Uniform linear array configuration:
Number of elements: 64
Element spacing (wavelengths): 1
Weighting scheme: hann
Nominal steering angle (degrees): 45
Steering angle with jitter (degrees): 46.972
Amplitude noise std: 0.05
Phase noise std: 0.05

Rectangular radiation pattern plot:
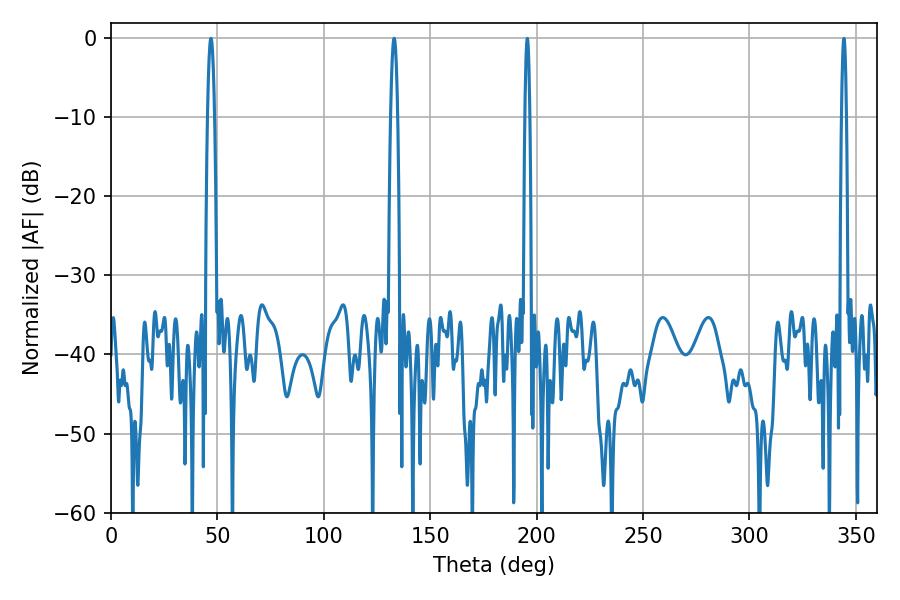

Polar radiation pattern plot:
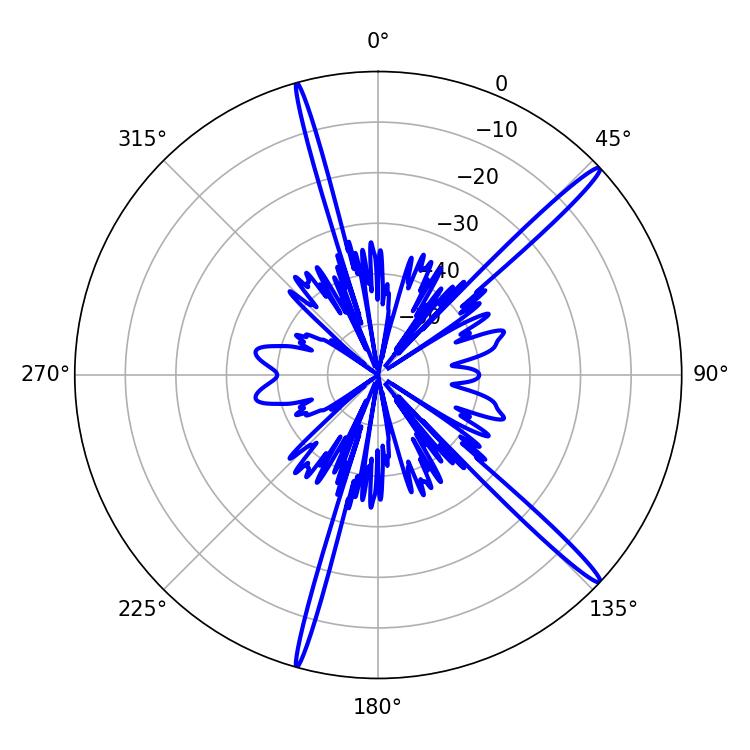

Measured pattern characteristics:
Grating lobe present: TRUE
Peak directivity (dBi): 17.213
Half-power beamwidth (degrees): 1.8
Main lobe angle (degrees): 46.98